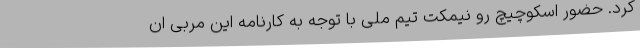
کرد. حضور اسکوچیچ رو نیمکت تیم ملی با توجه به کارنامه این مربی ان